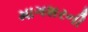
માગશરની